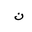
Letter: _non